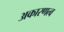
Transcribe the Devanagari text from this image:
अकारणत्व